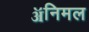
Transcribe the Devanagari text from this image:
ॲनिमल